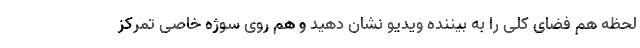
لحظه هم فضای کلی را به بیننده ویدیو نشان دهید و هم روی سوژه خاصی تمرکز